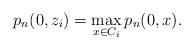
LaTeX: \begin{align*}p_n(0,z_i) = \max_{x \in C_i} p_n(0,x).\end{align*}